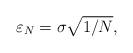
LaTeX: \begin{align*} \varepsilon_N=\sigma \sqrt{1/N},\end{align*}